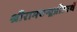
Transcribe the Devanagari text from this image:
श्रीरामचन्द्रप्रीत्यर्थे